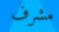
مشرف